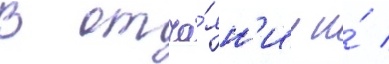
В отча́ян'ии и́ /